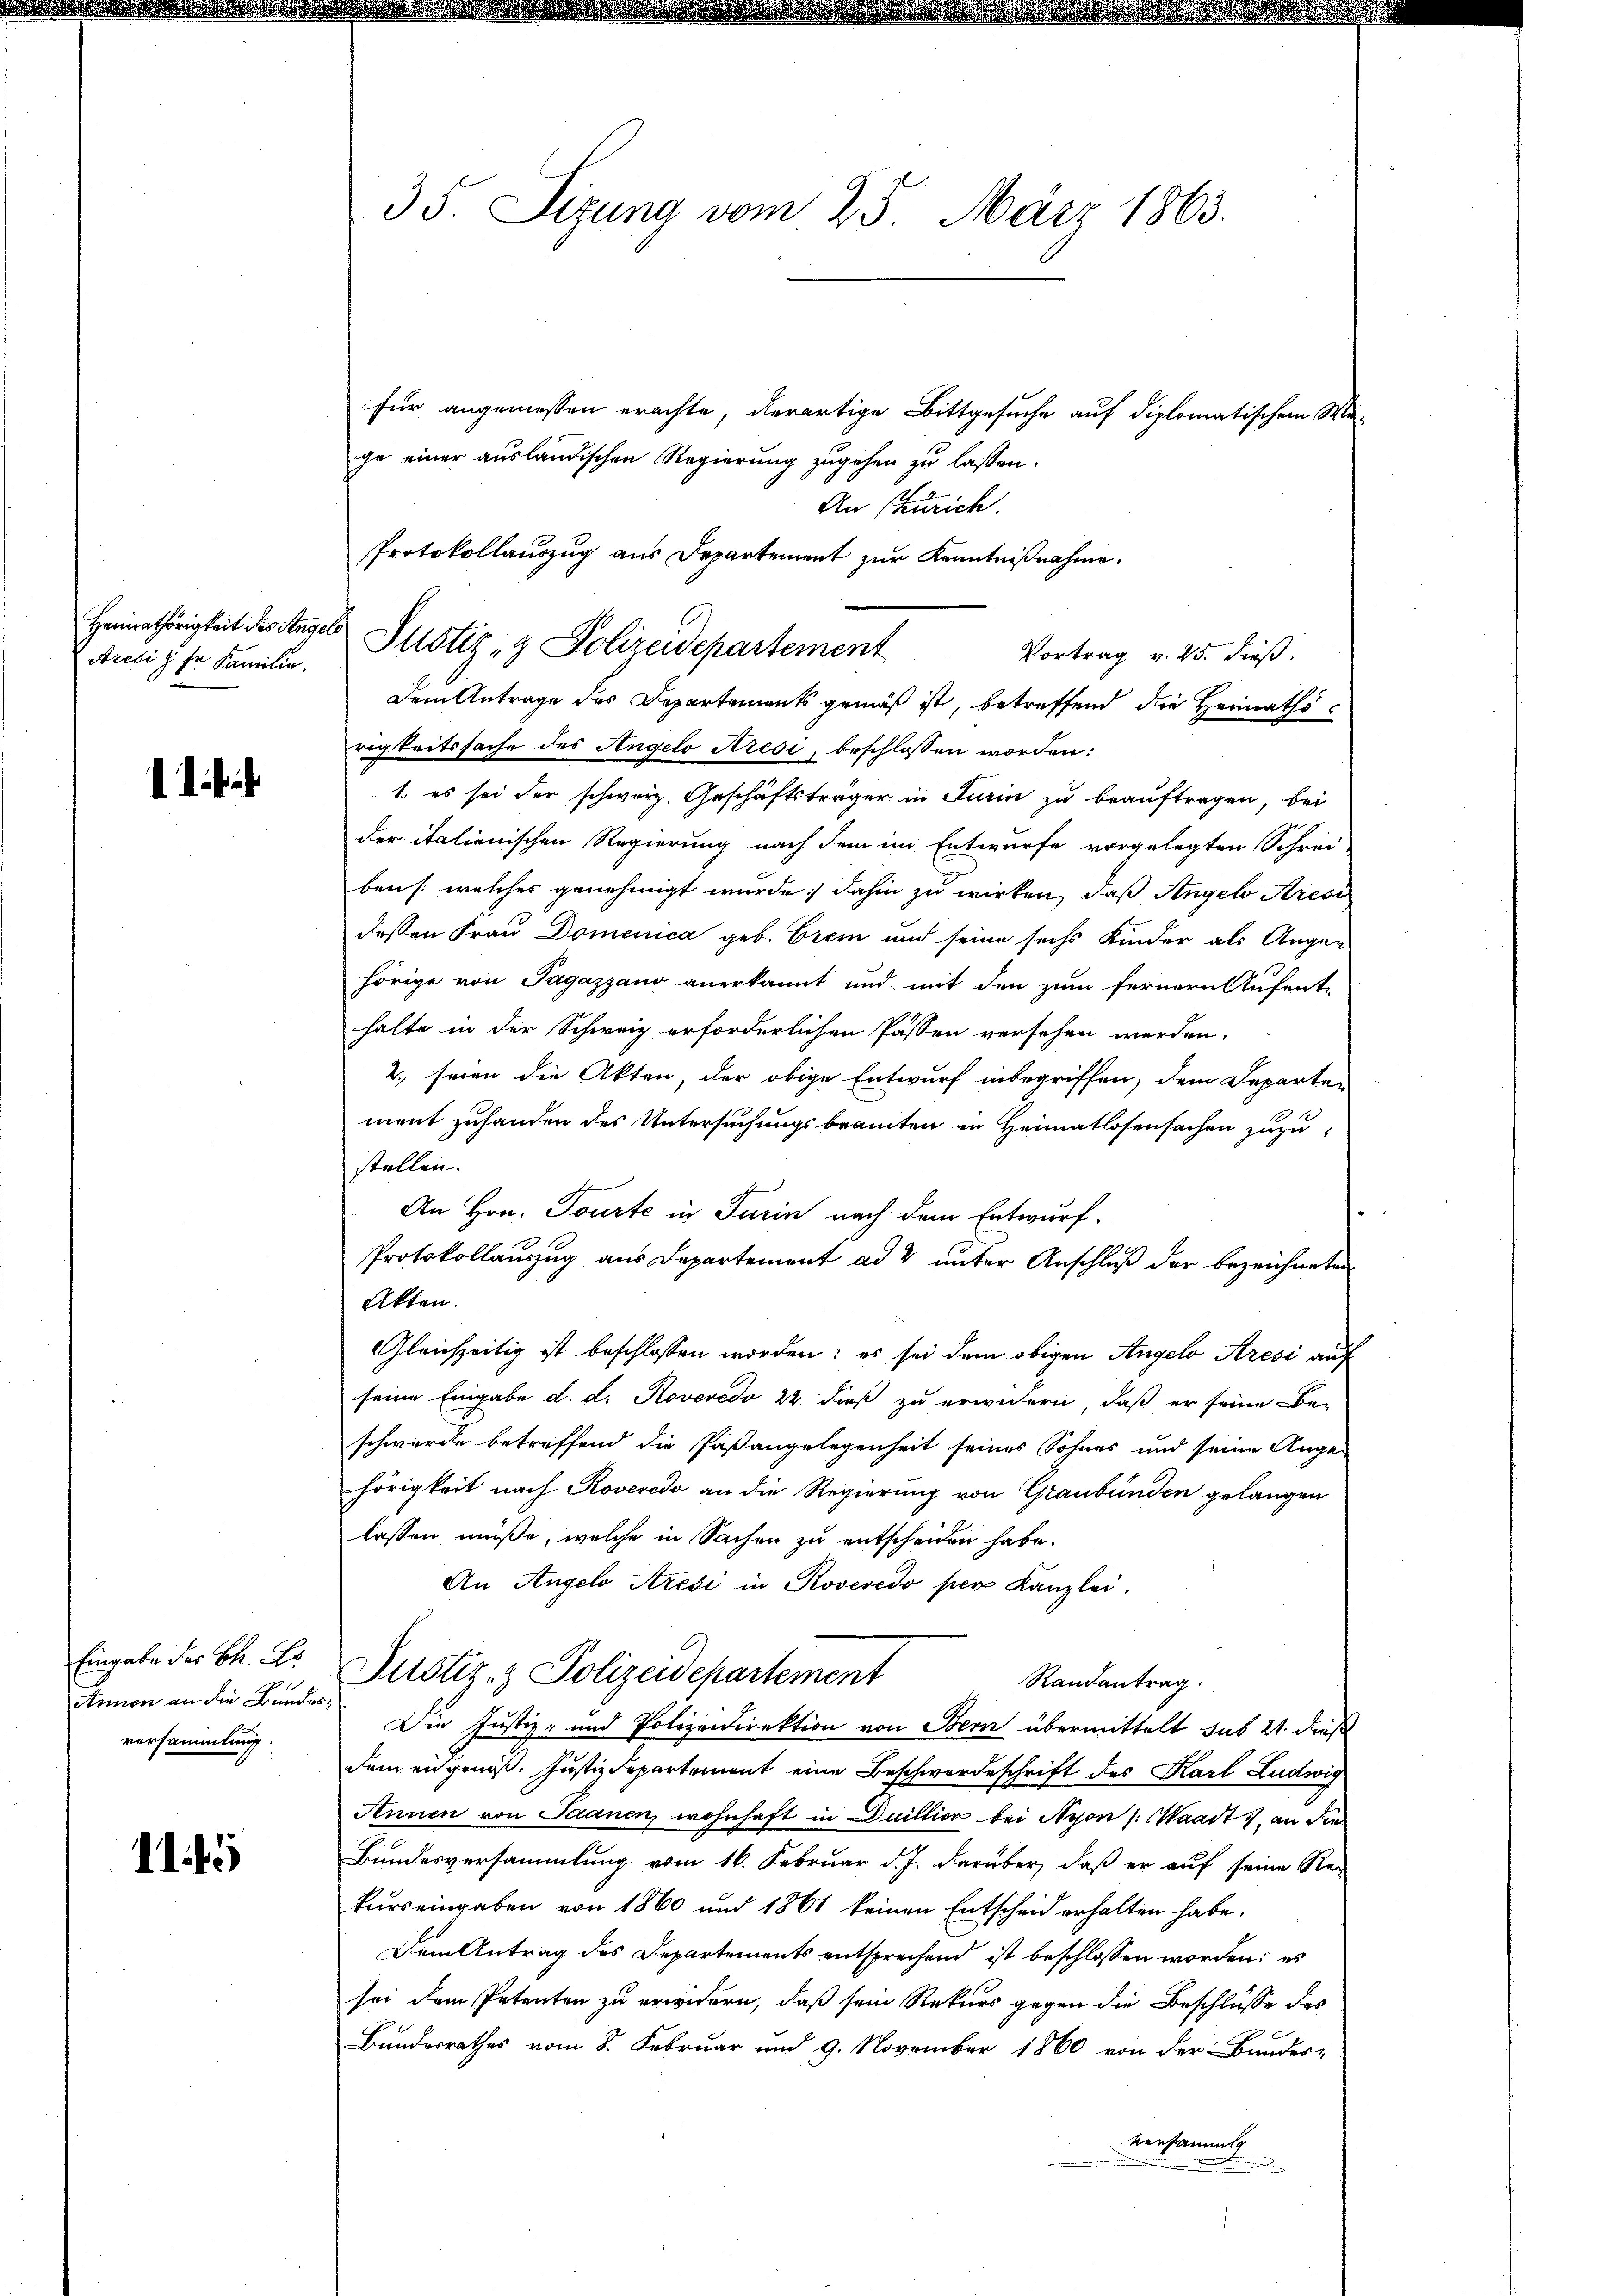
Aresi der Familie.

1

Eingabe des Ch. Er
Annon an die Bundes
versammlung.

1145

35. Sizung vom 25. März 1863.

Protokollauszug aus Departement zur Kenntnißnahme.
Heimathörigkeit des Angels Justiz- & Polizeidepartement

für angemessen erachte, derartige Bittgesuche auf diplomatischem Ma-
ge einer ausländischen Regierung zugehen zu lassen.
An (Zürich.
Dem Antrage des Departements gemäß ist, betreffend die Heimathsrigkeitssache des Angelo Kredi, beschlossen worden:
1. es sei der schweiz. Geschäftsträger in Turin zu beauftragen, bei
der italienischen Regierung nach dem im Entwurfe vorgelegten Schrei-
ben /: welcher genehmigt wurde; dahin zu wirken, daß Angels Aresi
deßen Frau Domenica geb. Brem und seine sechs Kinder als Augen
hörige von Pagazzano anerkannt und mit den zum fernern Aufent-
halte in der Schweiz erforderlichen Passen versehen werden.
2., seien die Akten, der obige Entwurf inbegriffen, dem Departen
ment zuhanden des Untersuchungsbeamten in Heimatlosensachen zuzustellen.
An Hrn. Tourte in Turin nach dem Entwurf.
Protokollauszug aus Departement ad 2 unter Anschluß der bezeichneten
Akten.
Gleichzeitig ist beschlossen worden; es sei dem obigen Angelo Aresi auf
seine Eingabe d. d. Roveredo 22. dieß zu erwidern, daß er seine Be-
schwerde betreffend die Paßangelegenheit seines Sohnes und seine Ange-
hörigkeit nach Roveredo an die Regierung von Graubünden gelangen
lassen müße, welche in Sachen zu entscheiden habe.
An Angelo Aresi in Roveredo per Kanzlei.
Justiz- & Polizeidepartement
Randantrag.
Die Justiz- und Polizeidirektion von Bern übermittelt sub 21. dieß
dem eingenöß. Justizdepartement eine Beschwerdeschrift des Karl Ludwig
Annen von Saanen wohnhaft in Duillica bei Nyon /: Waadt, an die
Bundesversammlung vom 16. Februar d. J. darüber, daß er auf seine Re-
kurs eingaben von 1860 und 1861 keinen Entscheid erhalten habe.
Dem Antrag des Departements entsprechend ist beschlossen worden; es
sei dem Petenten zu erwidern, daß sein Rekurs gegen die Beschlüsse des
Bundesrathes vom 8. Februar und 9. November 1860 von der Bauder-
versammet
.

Vortrag v. 25. dieß.